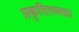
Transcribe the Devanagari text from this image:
प्रकृतिरव्यक्ता